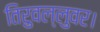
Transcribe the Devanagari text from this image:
तिरुवल्लुवर।